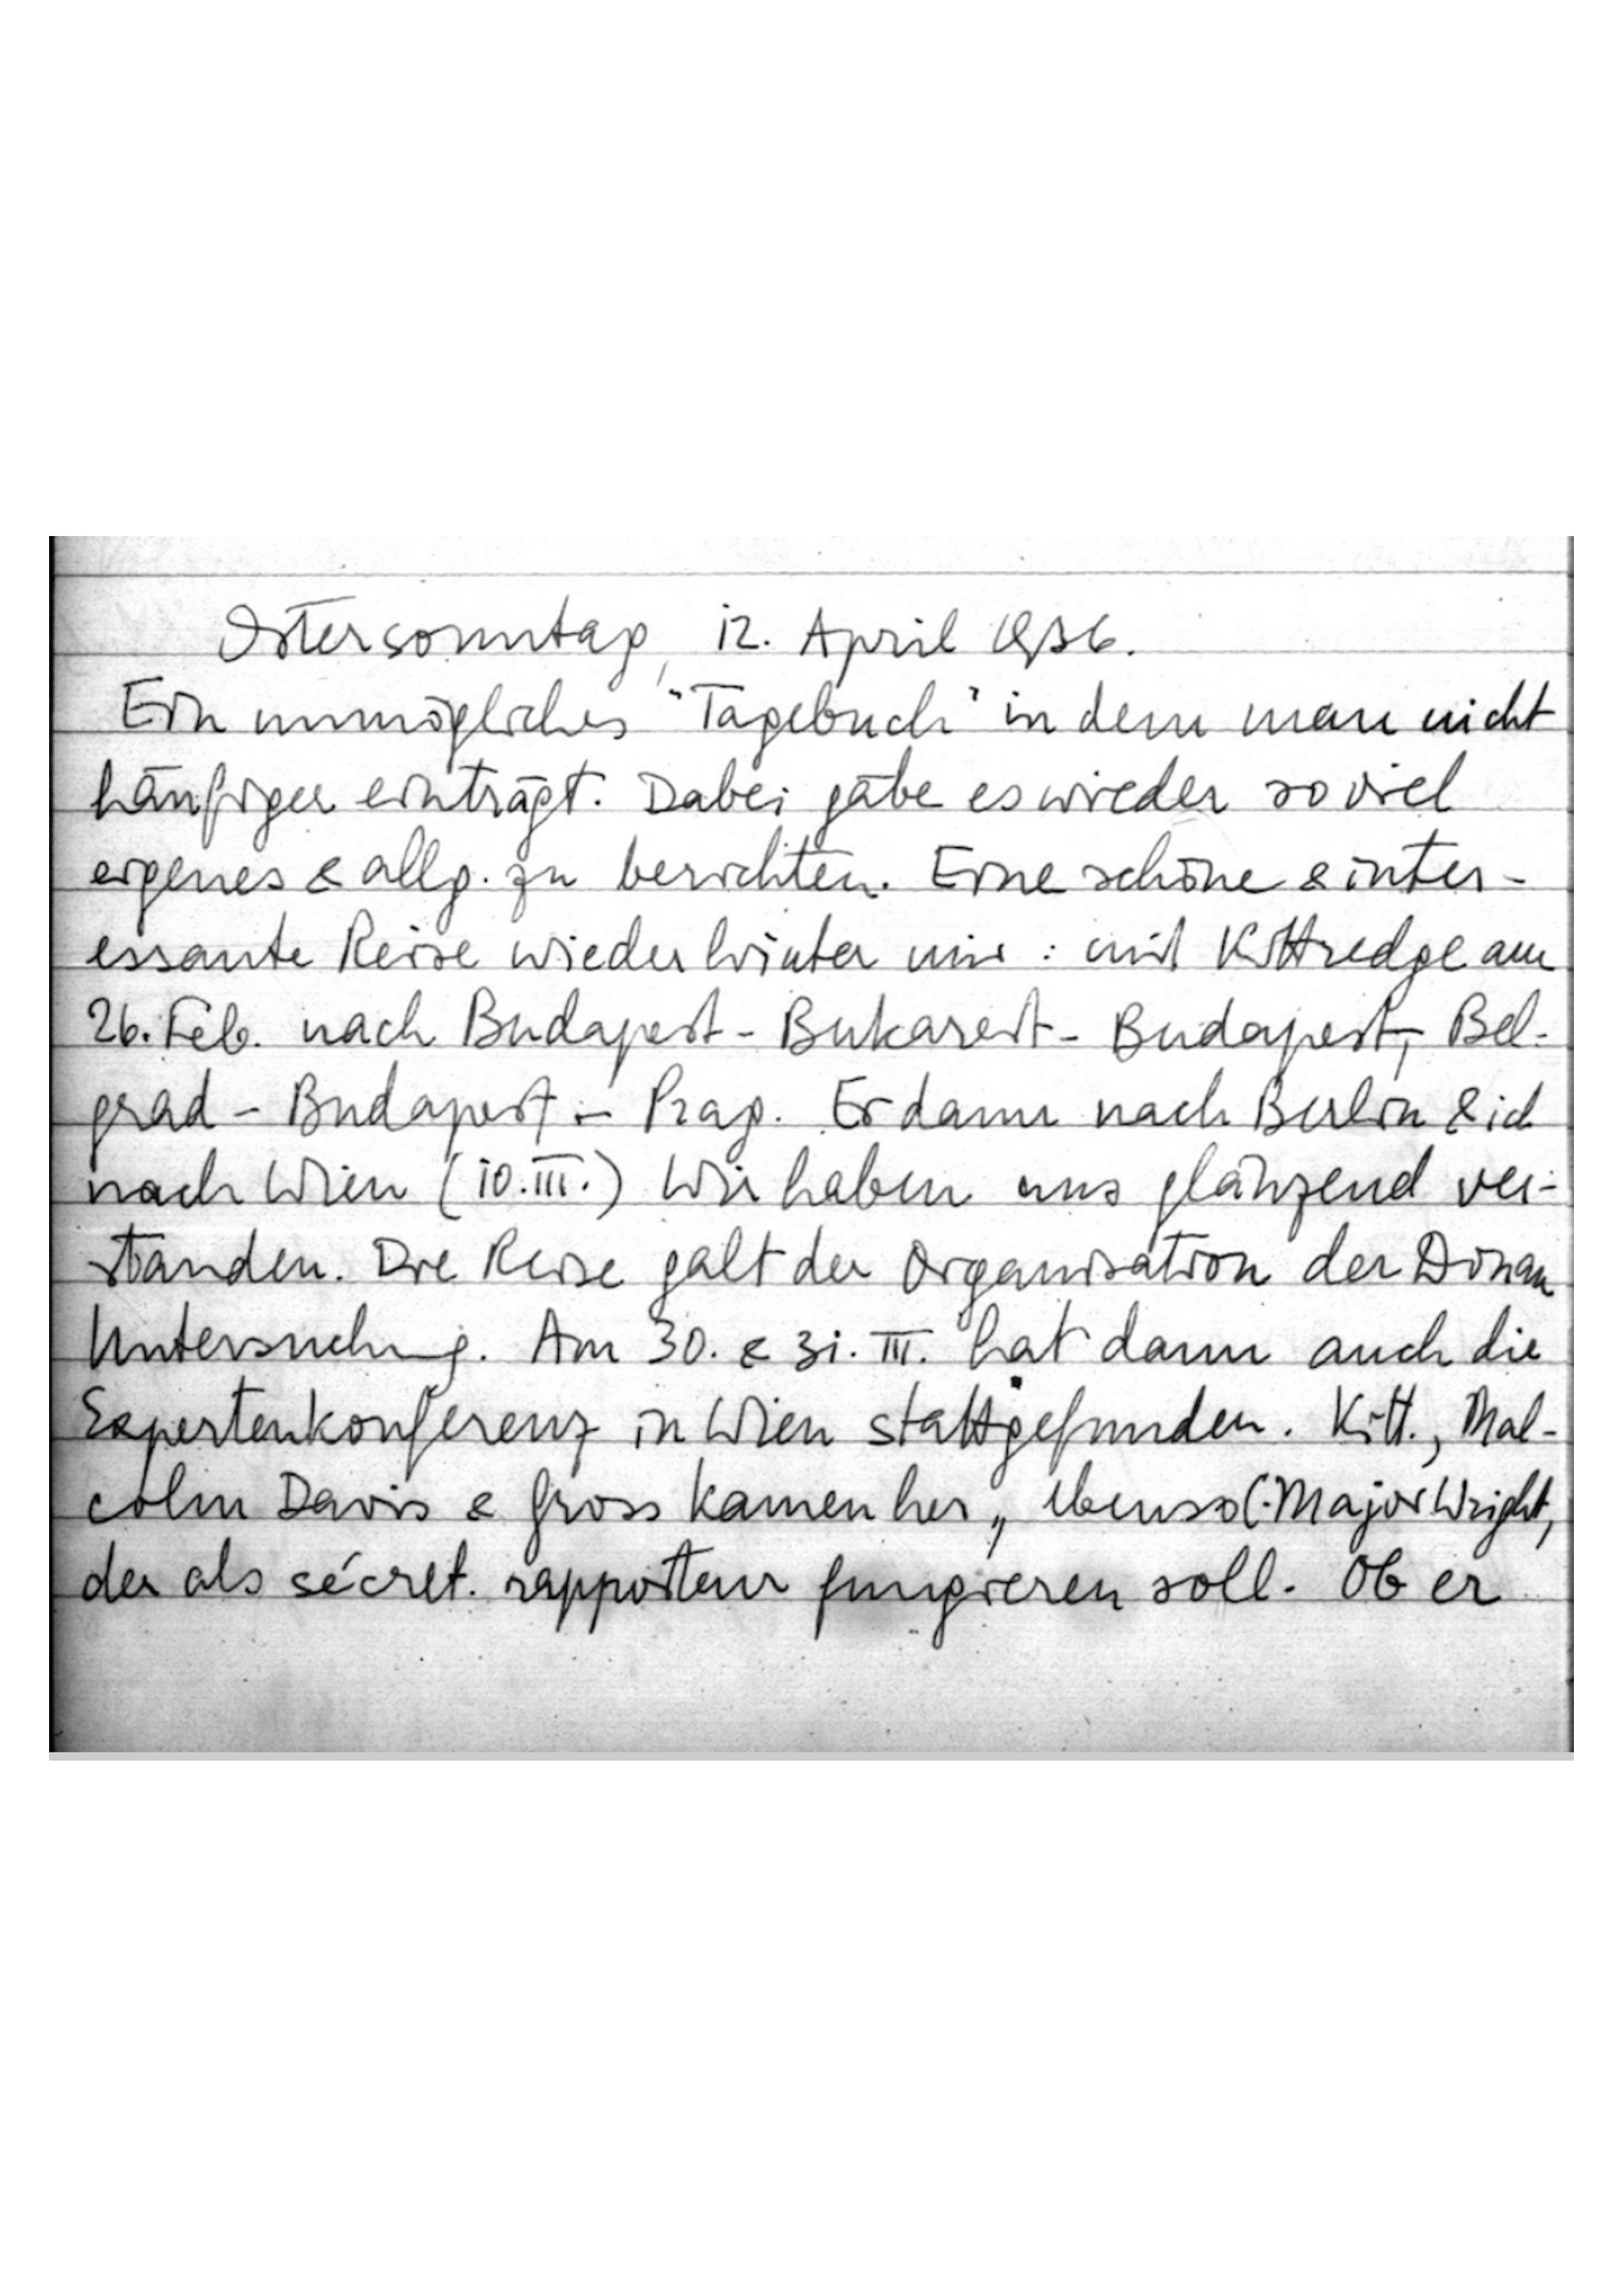
Ostersonntag, 12. April 1936.
Ein unmögliches „Tagebuch“ in dem man nicht
häufiger einträgt. Dabei gäbe es wieder so viel
eigenes & allg. zu berichten. Eine schöne & inter-
essante Reise wieder hinter mir: mit Kittredge am
26. Feb. nach Budapest – Bukarest – Budapest, Bel-
grad – Budapest – Prag. Er dann nach Berlin & ich
nach Wien (10. III.) Wir haben uns glänzend ver-
standen. Die Reise galt der Organisation der Donau-
Untersuchung. Am 30. & 31. III. hat dann auch die
Expertenkonferenz in Wien stattgefunden. Kitt., Mal-
colm Davis & Gross kamen her, ebenso C. Major Wright,
der als sécret. rapporteur fungieren soll. Ob er